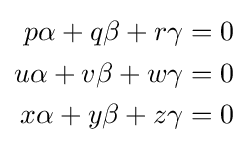
{\begin{aligned}p\alpha +q\beta +r\gamma &=0\\u\alpha +v\beta +w\gamma &=0\\x\alpha +y\beta +z\gamma &=0\end{aligned}}